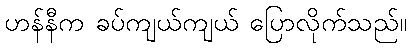
ဟန်နီက ခပ်ကျယ်ကျယ် ပြောလိုက်သည်။